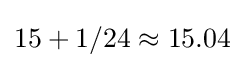
15+1/24\approx 15.04